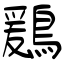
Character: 鶢